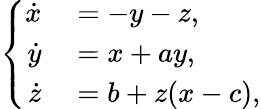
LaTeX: \left\{ \begin{array}{rl}{\dot{x}}&{{}=-y-z,}\\ {\dot{y}}&{{}=x+ay,}\\ {\dot{z}}&{{}=b+z(x-c),}\end{array}\right.